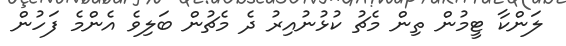
ލަންކާ ޓީމުން ތިން މެޗު ކުޅުނުއިރު ދެ މެޗުން ބަލިވެ އެންމެ ފަހުން